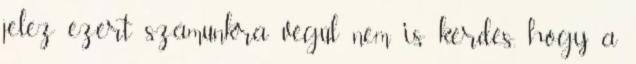
jelez ezért számunkra végül nem is kérdés, hogy a